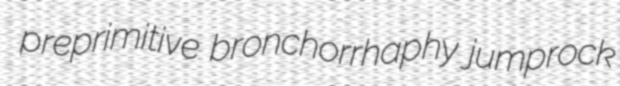
preprimitive bronchorrhaphy jumprock